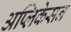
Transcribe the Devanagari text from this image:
अप्लिकेसन